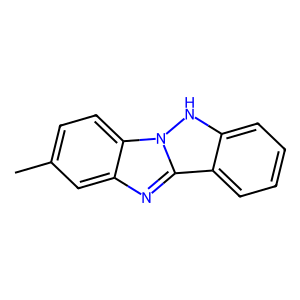
SMILES: Cc1ccc2c(c1)nc1c3ccccc3[nH]n21
Inhibits HIV replication: No